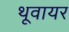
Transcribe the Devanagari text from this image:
थूवायर